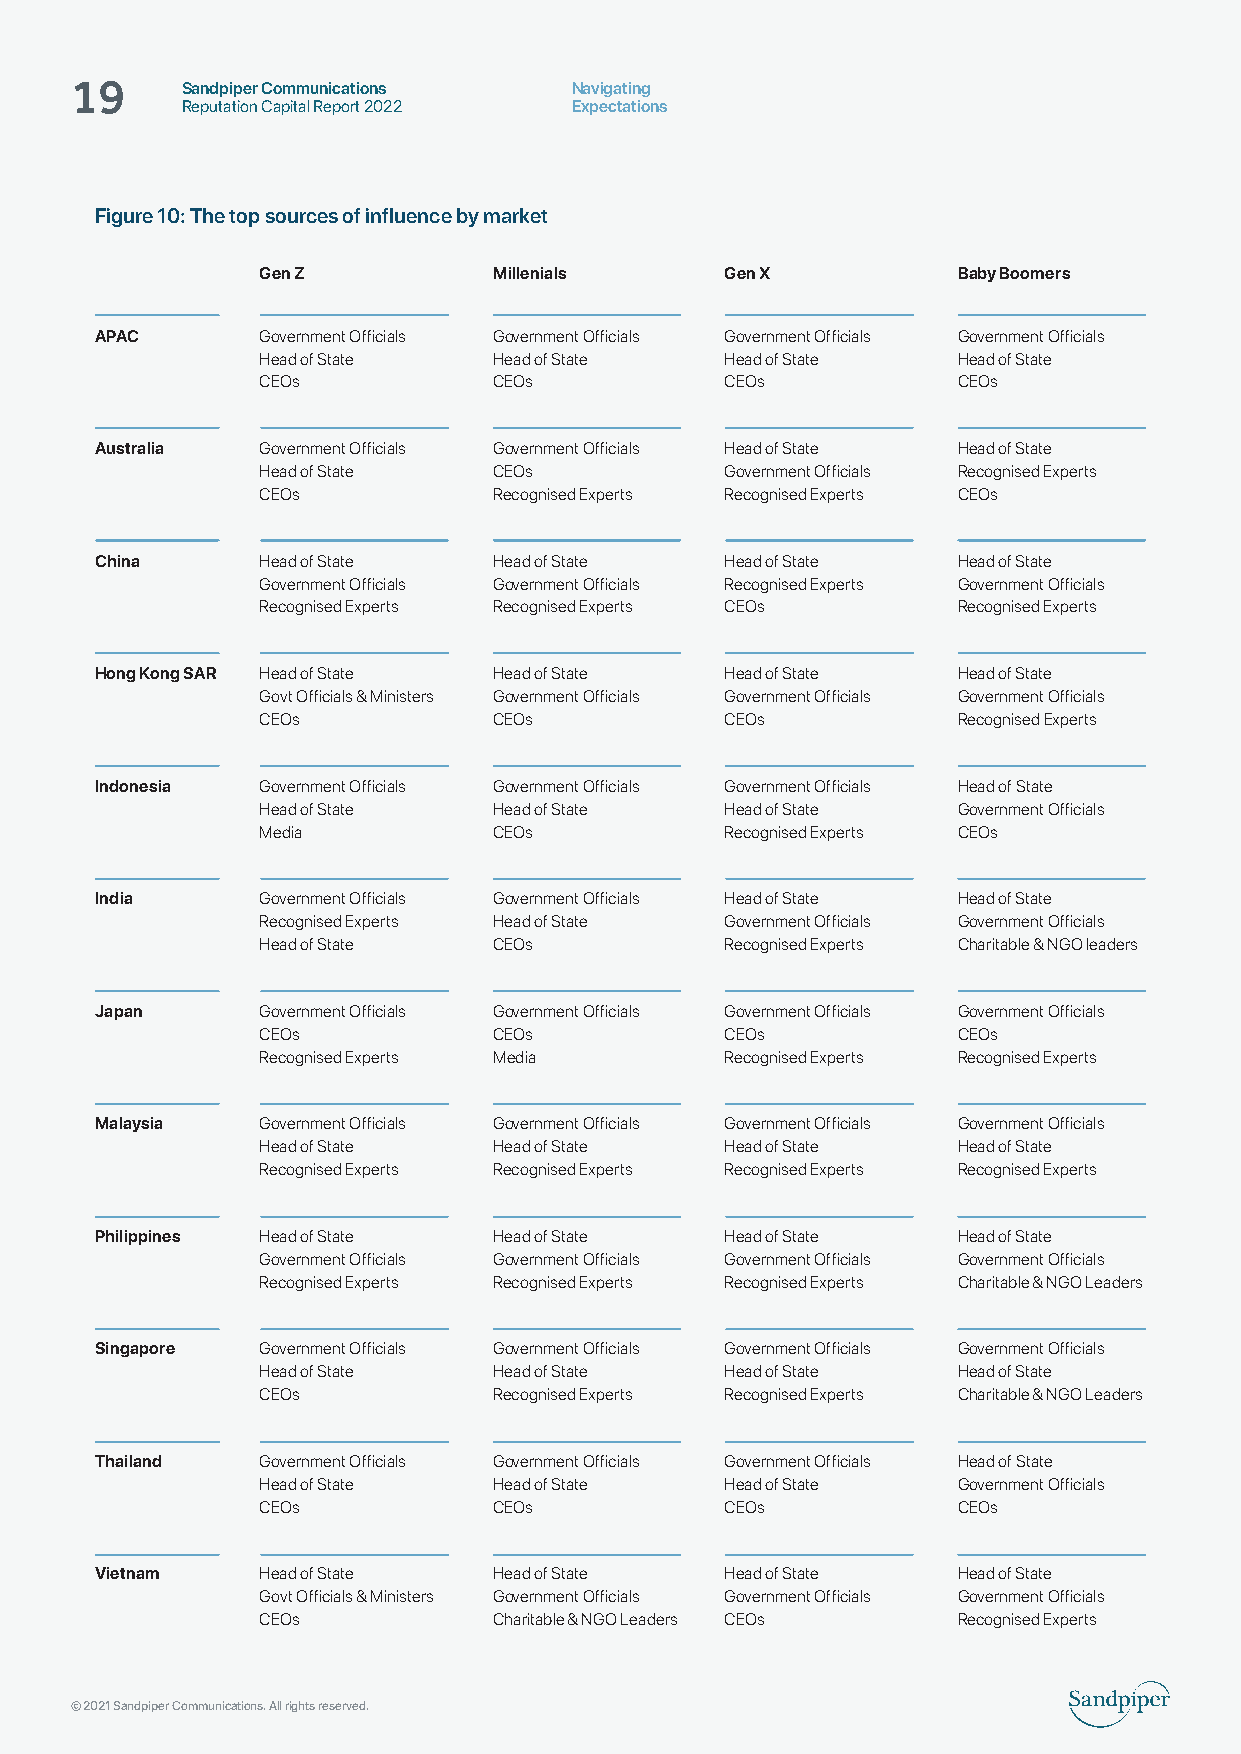
Sandpiper Communications  Navigating
 19     Reputation Capital Report 2022 Expectations
 Figure 10: The top sources of influence by market
 Gen Z           Millenials     Gen X          Baby Boomers
 APAC       Government Officials Government Officials Government Officials Government Officials
 Head of State   Head of State  Head of State  Head of State
 CEOs            CEOs           CEOs           CEOs
 Australia  Government Officials Government Officials Head of State Head of State
 Head of State   CEOs           Government Officials Recognised Experts
 CEOs            Recognised Experts Recognised Experts CEOs
 China      Head of State   Head of State  Head of State  Head of State
 Government Officials Government Officials Recognised Experts Government Officials
 Recognised Experts Recognised Experts CEOs    Recognised Experts
 Hong Kong SAR Head of State Head of State Head of State  Head of State
 Govt Officials & Ministers Government Officials Government Officials Government Officials
 CEOs            CEOs           CEOs           Recognised Experts
 Indonesia  Government Officials Government Officials Government Officials Head of State
 Head of State   Head of State  Head of State  Government Officials
 Media           CEOs           Recognised Experts CEOs
 India      Government Officials Government Officials Head of State Head of State
 Recognised Experts Head of State Government Officials Government Officials
 Head of State   CEOs           Recognised Experts Charitable & NGO leaders
 Japan      Government Officials Government Officials Government Officials Government Officials
 CEOs            CEOs           CEOs           CEOs
 Recognised Experts Media       Recognised Experts Recognised Experts
 Malaysia   Government Officials Government Officials Government Officials Government Officials
 Head of State   Head of State  Head of State  Head of State
 Recognised Experts Recognised Experts Recognised Experts Recognised Experts
 Philippines Head of State  Head of State  Head of State  Head of State
 Government Officials Government Officials Government Officials Government Officials
 Recognised Experts Recognised Experts Recognised Experts Charitable & NGO Leaders
 Singapore  Government Officials Government Officials Government Officials Government Officials
 Head of State   Head of State  Head of State  Head of State
 CEOs            Recognised Experts Recognised Experts Charitable & NGO Leaders
 Thailand   Government Officials Government Officials Government Officials Head of State
 Head of State   Head of State  Head of State  Government Officials
 CEOs            CEOs           CEOs           CEOs
 Vietnam    Head of State   Head of State  Head of State  Head of State
 Govt Officials & Ministers Government Officials Government Officials Government Officials
 CEOs            Charitable & NGO Leaders CEOs Recognised Experts
 © 2021 Sandpiper Communications. All rights reserved.